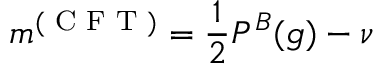
m ^ { ( \textrm { C F T } ) } = \frac { 1 } { 2 } P ^ { B } ( g ) - \nu